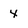
Character: 4